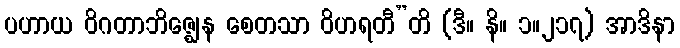
ပဟာယ ဝိဂတာဘိဇ္ဈေန စေတသာ ဝိဟရတီ”တိ (ဒီ။ နိ။ ၁။၂၁၇) အာဒိနာ